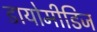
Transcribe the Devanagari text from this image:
डायोमीडिज